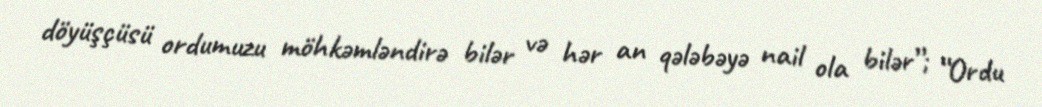
döyüşçüsü ordumuzu möhkəmləndirə bilər və hər an qələbəyə nail ola bilər”; “Ordu